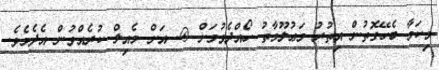
މިކަމާ ބެހޭގޮތުން އިތުރު މަޢުލޫމާތު ހޯއްދެވުމަށް @. އަށް މެއިލް ކުރެއްވުން އެދެމެވެ.